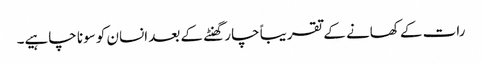
رات کے کھانے کے تقریباً چار گھنٹے کے بعد انسان کو سونا چاہیے۔